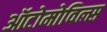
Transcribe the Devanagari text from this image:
ऑटोमोविल्स